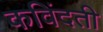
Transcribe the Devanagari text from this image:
कविंदती